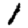
Digit: 1